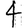
Digit: 4